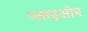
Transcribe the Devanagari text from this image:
प्लाइओन